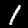
Digit: 1